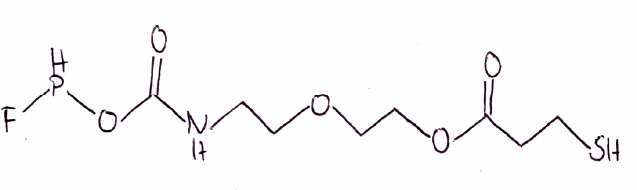
Simplified molecular-input line-entry system (SMILES) notation of the given molecule:
C(CS)C(=O)OCCOCCNC(=O)OPF